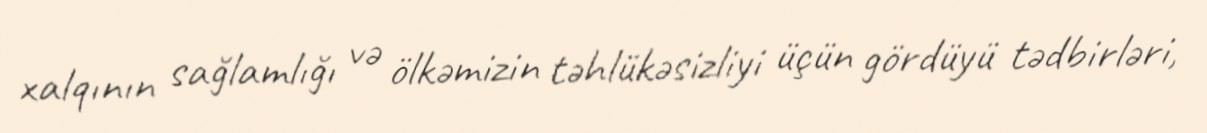
xalqının sağlamlığı və ölkəmizin təhlükəsizliyi üçün gördüyü tədbirləri,